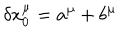
\delta x _ { 0 } ^ { \mu } = a ^ { \mu } + b ^ { \mu }